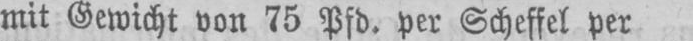
mit Gewicht von 75 Pfd. per Scheffel per